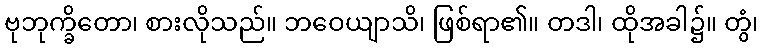
ဗုဘုက္ခိတော၊ စားလိုသည်။ ဘဝေယျာသိ၊ ဖြစ်ရာ၏။ တဒါ၊ ထိုအခါ၌။ တွံ၊